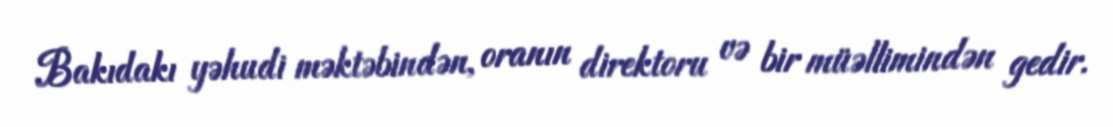
Bakıdakı yəhudi məktəbindən, oranın direktoru və bir müəllimindən gedir.